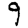
Digit: 9